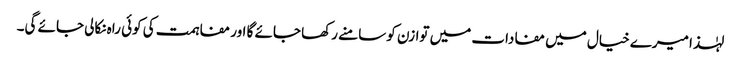
لہٰذا میرے خیال میں مفادات میں توازن کو سامنے رکھا جائے گا اور مفاہمت کی کوئی راہ نکالی جائے گی۔